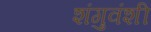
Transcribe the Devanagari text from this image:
शंगुवंशी